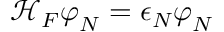
\mathcal { H } _ { F } \boldsymbol { \varphi } _ { N } = \epsilon _ { N } \boldsymbol { \varphi } _ { N }